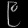
Digit: ၉